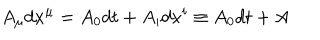
A _ { \mu } d x ^ { \mu } = A _ { 0 } d t + A _ { i } d x ^ { i } \equiv A _ { 0 } d t + A